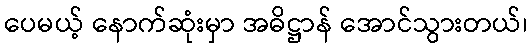
ပေမယ့် နောက်ဆုံးမှာ အဓိဋ္ဌာန် အောင်သွားတယ်၊